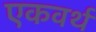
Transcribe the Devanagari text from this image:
एकवर्थ